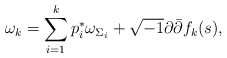
\begin{align*} \omega_{k}=\sum_{i=1}^{k}p_{i}^{*}\omega_{\Sigma_{i}}+\sqrt{-1}\partial\bar{\partial}f_{k}(s),\end{align*}